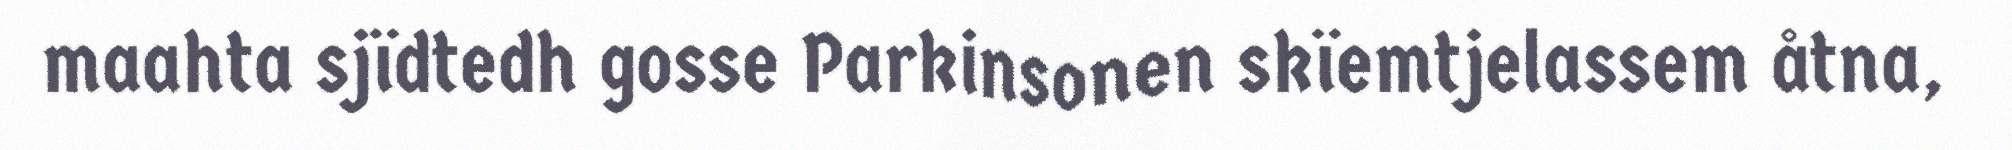
maahta sjïdtedh gosse Parkinsonen skïemtjelassem åtna,